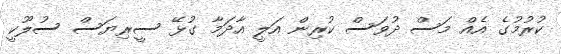
ކުރުމުގެ އެއް މަސް ދުވަސް ކުރިން އަލީ އާދަމާ ގުޅޭ ސީރިޔަސް ސުލޫކީ